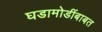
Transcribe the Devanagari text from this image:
घडामोडींबाबत